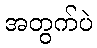
အတွက်ပဲ